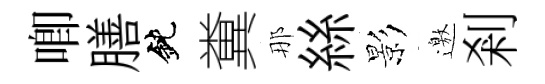
唧膳鈍糞那絲影邀剎